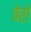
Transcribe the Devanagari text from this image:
वेरो